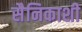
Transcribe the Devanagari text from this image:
सैनिकाशी